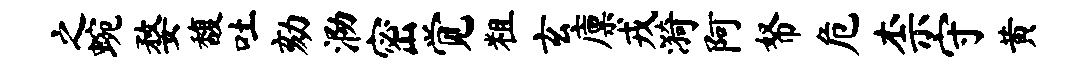
之蜿婺馥吐劾泐密觉粗玄廪戎漪阿帑危柰守黄